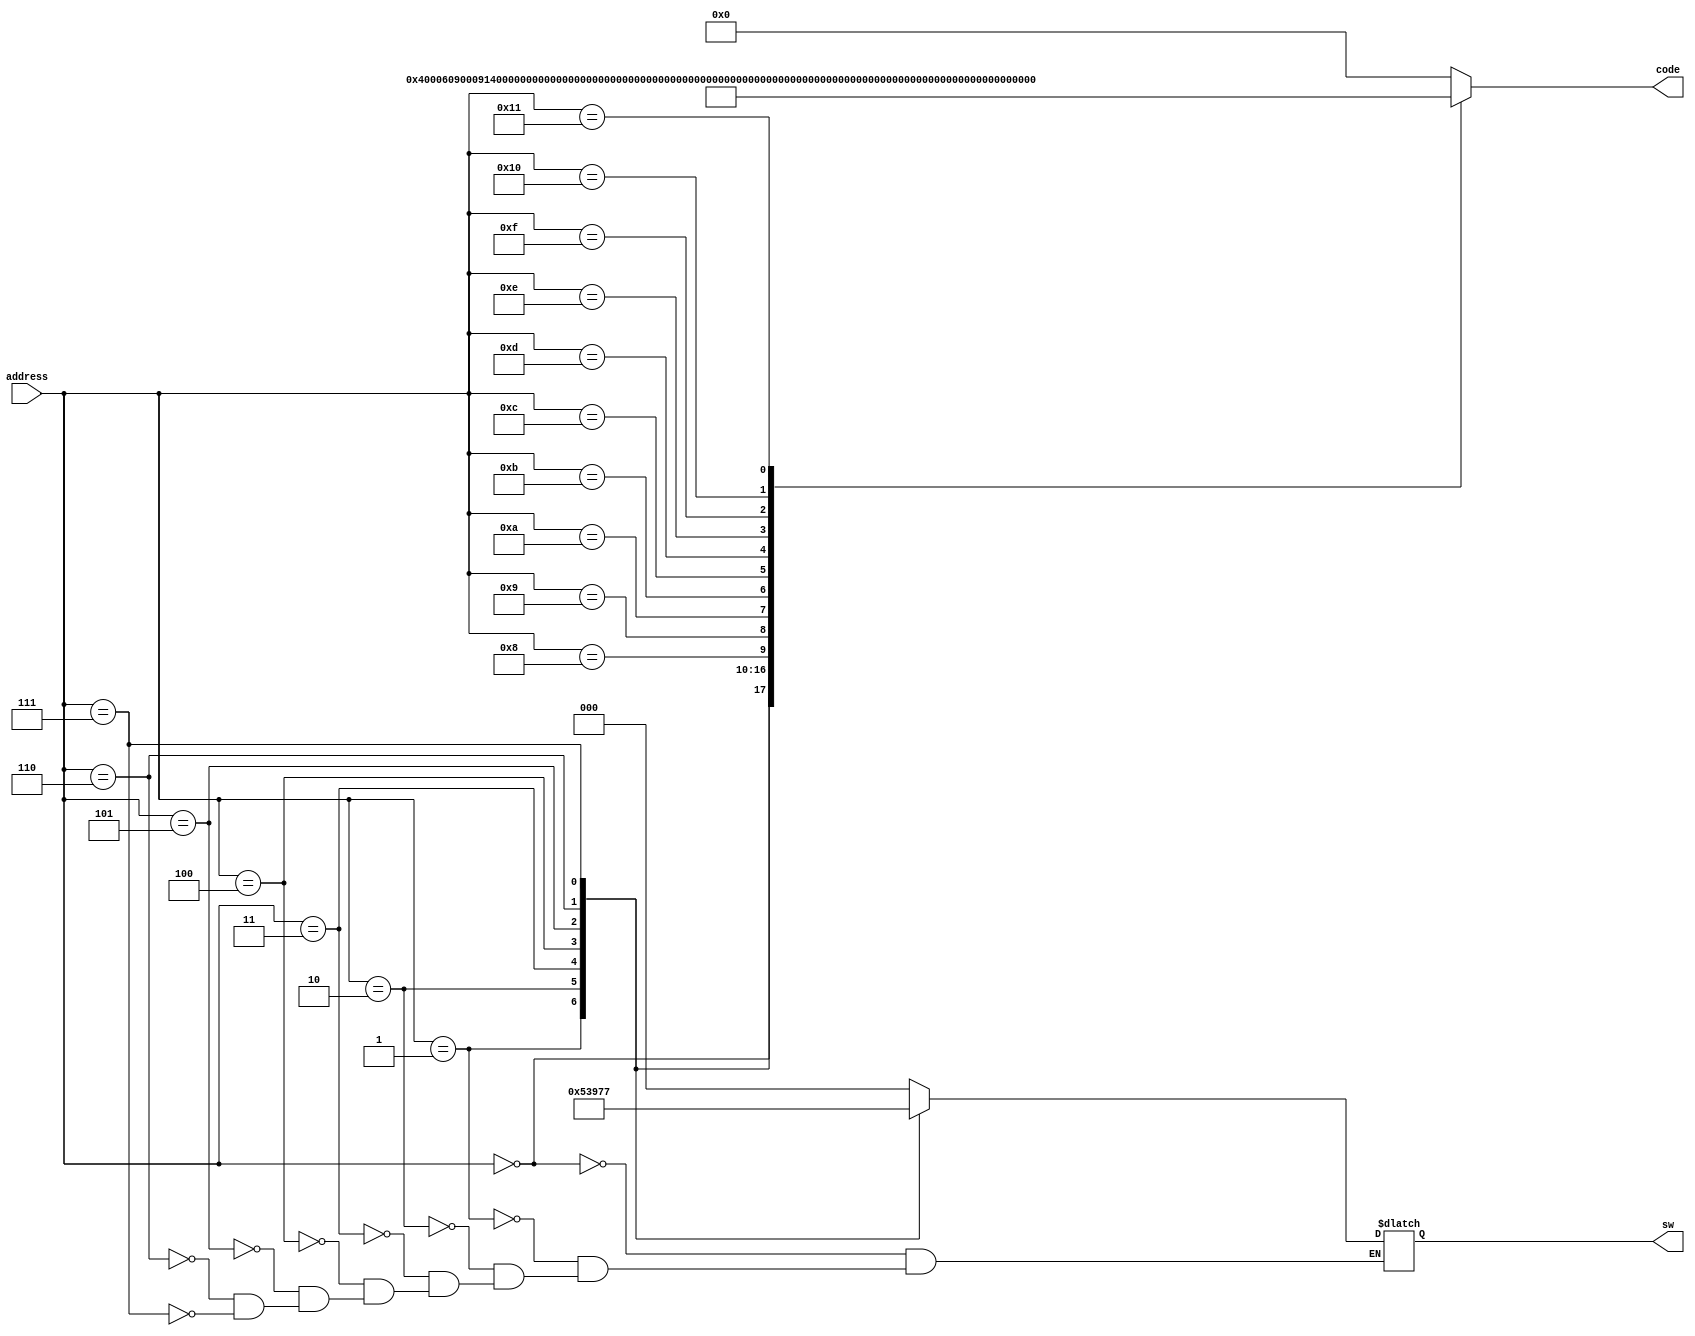
module RAM_ROM(address, code, sw);
    input [4:0] address;
    output reg [22:0] code;
    output reg [2:0] sw;

    always @(address) begin
        case (address)
            5'b00000 : begin code <= {4'b0001, 3'b000, 16'h000C}; sw = 3'b000; end // LOAD R0 12
            5'b00001 : begin code <= {4'b0001, 3'b001, 16'h0009}; sw = 3'b001; end // LOAD R1 9
            5'b00010 : begin code <= {4'b0001, 3'b010, 16'h0003}; sw = 3'b010; end // LOAD R2 3
            5'b00011 : begin code <= {4'b0001, 3'b011, 16'h0014}; sw = 3'b011; end // LOAD R3 20
            5'b00100 : begin code <= {4'b0001, 3'b100, 16'h000D}; sw = 3'b100; end // LOAD R4 13
            5'b00101 : begin code <= {4'b0001, 3'b101, 16'h0015}; sw = 3'b101; end // LOAD R5 21
            5'b00110 : begin code <= {4'b0001, 3'b110, 16'h0019}; sw = 3'b110; end // LOAD R6 25
            5'b00111 : begin code <= {4'b0001, 3'b111, 16'h001E}; sw = 3'b111; end // LOAD R7 30

            5'b01000 : begin code <= {4'b0010, 3'b000, 3'b001, 13'h0000}; end // MOV R0 R1
            5'b01001 : begin code <= {4'b0010, 3'b101, 3'b010, 13'h0000}; end // MOV R5 R2
            5'b01010 : begin code <= {4'b0010, 3'b010, 3'b100, 13'h0000}; end // MOV R2 R4

            5'b01011 : begin code <= {4'b0011, 3'b011, 3'b000, 13'h000}; end // ADD R3 R0
            5'b01100 : begin code <= {4'b0100, 3'b000, 3'b111, 13'h000}; end // SUB R0 R7
            5'b01101 : begin code <= {4'b0101, 3'b011, 3'b001, 13'h000}; end // XOR R3 R1
            5'b01110 : begin code <= {4'b0110, 3'b010, 3'b110, 13'h000}; end // OR R2 R6
            5'b01111 : begin code <= {4'b0111, 3'b100, 3'b011, 13'h000}; end // AND R4 R3
            5'b10000 : begin code <= {4'b1000, 3'b010, 3'b101, 13'h000}; end // DIV R2 R5
            5'b10001 : begin code <= {4'b1001, 3'b001, 3'b000, 13'h000}; end // MOD R1 R0

            default: begin code <= {4'b0000, 18'h0000}; end



        endcase
    end
endmodule